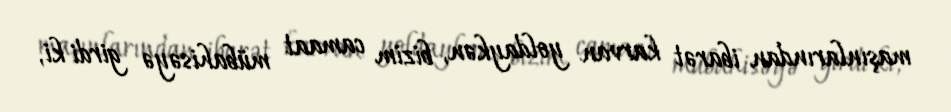
maşınlarından ibarət karvan yoldaykən, bizim camaat mübahisəyə girdi ki,